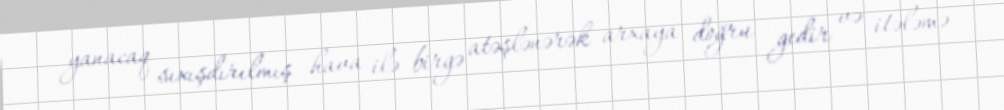
yanacaq sıxışdırılmış hava ilə birgə atəşlənərək arxaya doğru gedir və itələmə